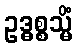
ဥဒ္ဓစ္စသ္မိံ